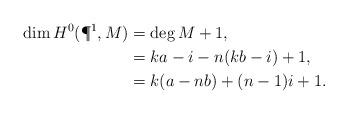
LaTeX: \begin{align*}\dim H^0(\P^1, M) &= \deg M +1, \\ & = ka-i - n(kb-i) +1, \\&= k(a-nb)+(n-1)i+1.\end{align*}